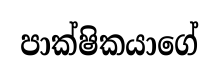
පාක්ෂිකයාගේ